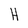
Character: H